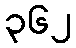
၃၆၂